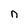
Character: n